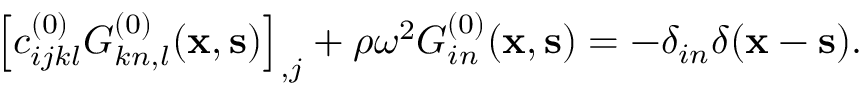
\left[ c _ { i j k l } ^ { ( 0 ) } G _ { k n , l } ^ { ( 0 ) } ( { \bf x } , { \bf s } ) \right] _ { , j } + \rho \omega ^ { 2 } G _ { i n } ^ { ( 0 ) } ( { \bf x } , { \bf s } ) = - \delta _ { i n } \delta ( { \bf x } - { \bf s } ) .